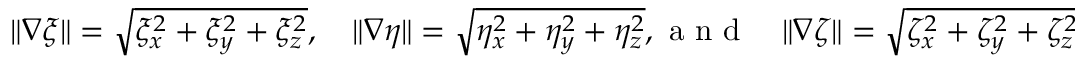
\begin{array} { l } { \| \nabla \xi \| = \sqrt { \xi _ { x } ^ { 2 } + \xi _ { y } ^ { 2 } + \xi _ { z } ^ { 2 } } , \quad \| \nabla \eta \| = \sqrt { \eta _ { x } ^ { 2 } + \eta _ { y } ^ { 2 } + \eta _ { z } ^ { 2 } } , \mathrm { ~ a ~ n ~ d ~ } \quad \| \nabla \zeta \| = \sqrt { \zeta _ { x } ^ { 2 } + \zeta _ { y } ^ { 2 } + \zeta _ { z } ^ { 2 } } } \end{array}